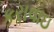
કરાવાઇ